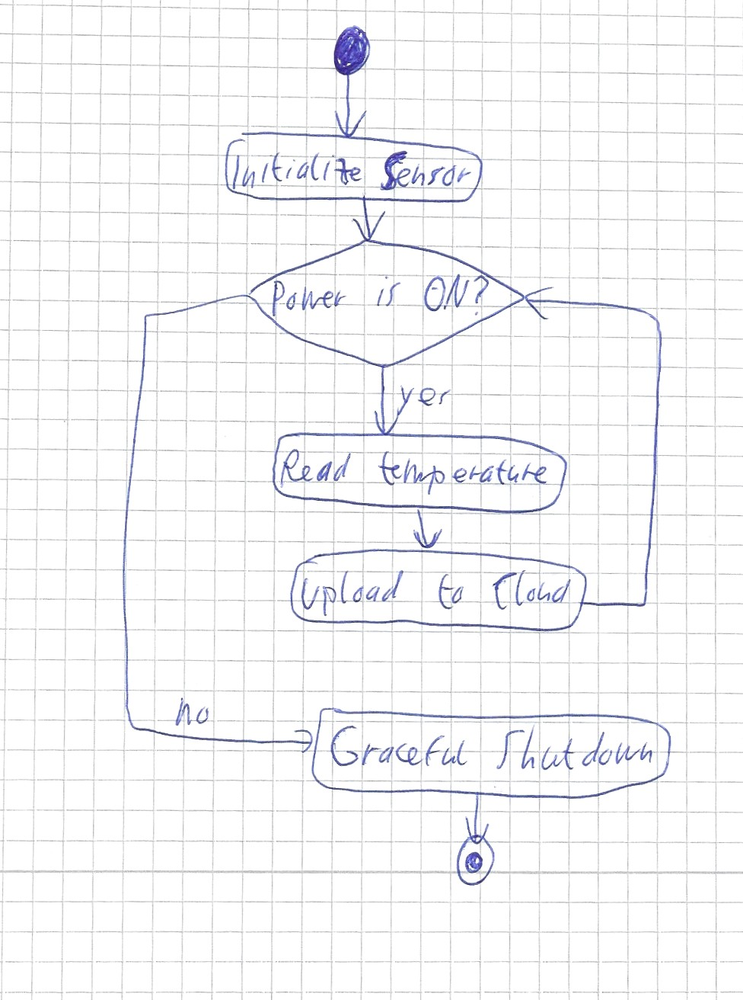
Diagram type: activity_diagram
```plantuml
@startuml

start
:Initialize Sensor;
while (Power is ON?) is (yes)
  :Read temperature;
  :Upload to Cloud;
endwhile (no)
:Graceful Shutdown;
stop

@enduml
```